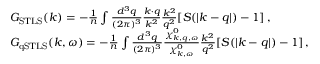
\begin{array} { r l } & { G _ { \mathrm { S T L S } } ( \boldsymbol { k } ) = - \frac { 1 } { n } \int \frac { d ^ { 3 } q } { ( 2 \pi ) ^ { 3 } } \frac { \boldsymbol { k } \cdot \boldsymbol { q } } { k ^ { 2 } } \frac { k ^ { 2 } } { q ^ { 2 } } [ S ( | \boldsymbol { k } - \boldsymbol { q } | ) - 1 ] \, , } \\ & { G _ { \mathrm { q S T L S } } ( \boldsymbol { k } , \omega ) = - \frac { 1 } { n } \int \frac { d ^ { 3 } q } { ( 2 \pi ) ^ { 3 } } \frac { \chi _ { \boldsymbol { k } , \boldsymbol { q } , \omega } ^ { 0 } } { \chi _ { \boldsymbol { k } , \omega } ^ { 0 } } \frac { k ^ { 2 } } { q ^ { 2 } } [ S ( | \boldsymbol { k } - \boldsymbol { q } | ) - 1 ] \, , } \end{array}